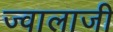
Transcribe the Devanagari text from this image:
ज्‍वालाजी